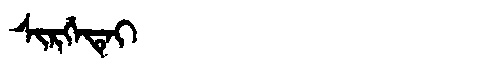
Manchu: ᠰᡳᡵᡤᡝᡨᡝᡳ
Romanization: SIRGETEI